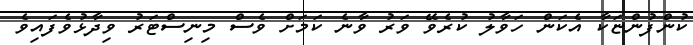
ކުންފުންޏަކާ އެކަން ހަވާލު ކުރެވޭ ވަރު ވާނެ ކަމަށް ވެސް މިނިސްޓަރު ވިދާޅުވެފައިވެ